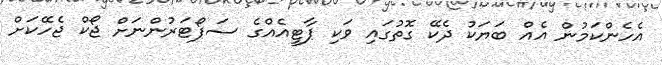
އެހެންކަމުން އެއް ބަޔަކު ދެކޭ ގޮތުގައި ވަކި ޕާޓީއެއްގެ ސަޕޯޓަރުންނަށް ޖޯކް ޖެހޭކަށް